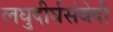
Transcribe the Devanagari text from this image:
लघुदीर्घसंवेदी